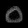
Digit: ၀